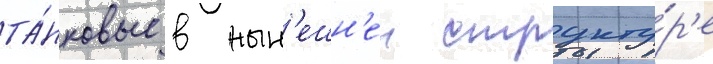
та́нковые в нын'ешн'еи структу́р'е